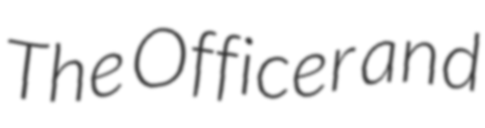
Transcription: The Officer and